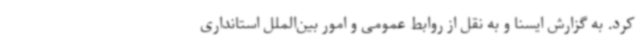
کرد. به گزارش ایسنا و به نقل از روابط عمومی و امور بین‌الملل استانداری